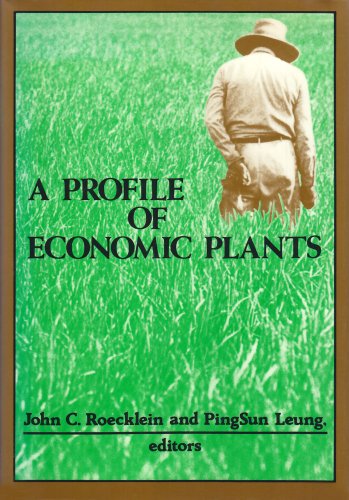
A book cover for A Profile of Economic Plants; Crafts, Hobbies & Home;